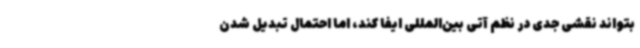
بتواند نقشی جدی در نظم آتی بین‌المللی ایفا کند، اما احتمال تبدیل شدن